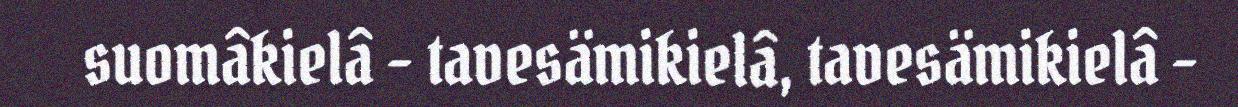
suomâkielâ - tavesämikielâ, tavesämikielâ -